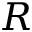
R